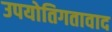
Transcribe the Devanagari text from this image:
उपयोतिगतावाद